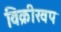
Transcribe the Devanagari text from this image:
विक्रीखप